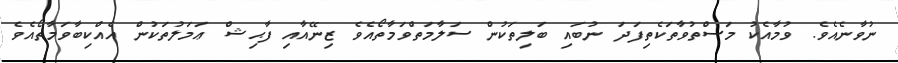
ނުވާނެއެވެ. ވުމާއެކު މަސްތުވާތަކެތިފަދަ ނުބައި ބަލިތަކުން ސަލާމަތްވަމާތޯއެވެ ޒިނޭއާއި ފާޙިޝް ޢަމަލުތަކުން އެއްކިބާވަމާތޯއެވެ